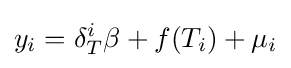
y_{i}=\delta _{T}^{i}\beta +f(T_{i})+\mu _{i}